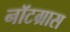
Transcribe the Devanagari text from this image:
नॉटग्रास